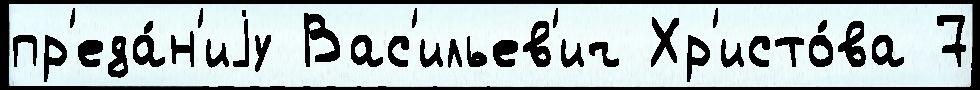
пр'еда́н'иjу Вас'ильев'ич Хр'исто́ва 7